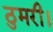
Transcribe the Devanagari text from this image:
ठुमरी।